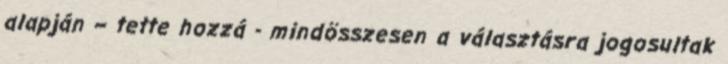
alapján – tette hozzá - mindösszesen a választásra jogosultak